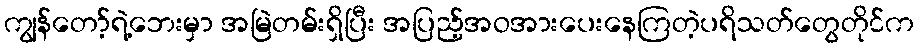
ကျွန်တော့်ရဲ့ဘေးမှာ အမြဲတမ်းရှိပြီး အပြည့်အဝအားပေးနေကြတဲ့ပရိသတ်တွေတိုင်က